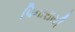
પિનારાયી